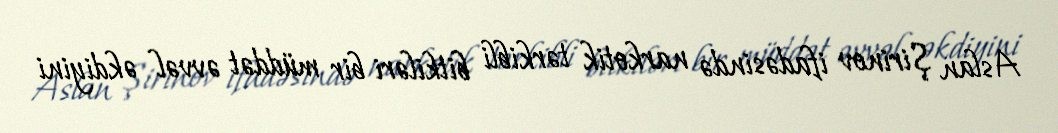
Aslan Şirinov ifadəsində narkotik tərkibli bitkiləri bir müddət əvvəl əkdiyini